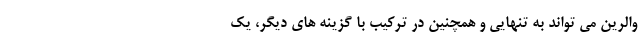
والرین می تواند به تنهایی و همچنین در ترکیب با گزینه های دیگر، یک